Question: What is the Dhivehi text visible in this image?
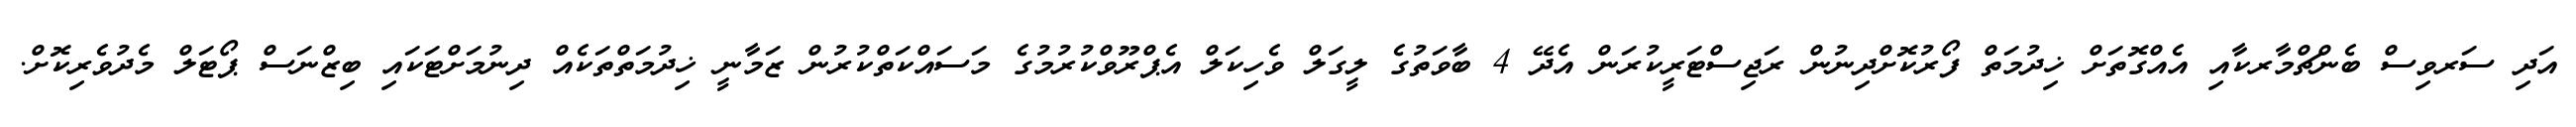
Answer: އަދި ސަރވިސް ބެންޗްމާރކާއި އެއްގޮތަށް ޚިދުމަތް ފޯރުކޮށްދިނުން ރަޖިސްޓަރީކުރަން އެދޭ 4 ބާވަތުގެ ލީގަލް ވެހިކަލް އެޕްރޫވްކުރުމުގެ މަސައްކަތްކުރުން ޒަމާނީ ޚިދުމަތްތަކެއް ދިނުމަށްޓަކައި ބިޒްނަސް ޕޯޓަލް މެދުވެރިކޮށް.